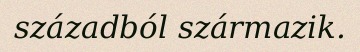
századból származik.